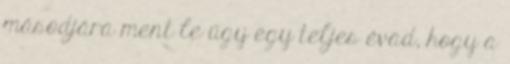
másodjára ment le úgy egy teljes évad, hogy a